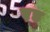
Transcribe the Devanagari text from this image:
ए़ड